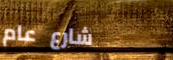
شارع عام